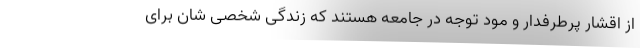
از اقشار پرطرفدار و مود توجه در جامعه هستند که زندگی شخصی شان برای